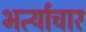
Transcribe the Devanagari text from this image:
भर्त्याचार